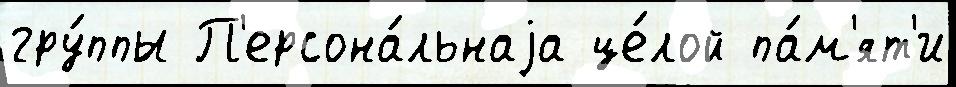
гру́ппы П'ерсона́льнаjа це́лой па́м'ят'и